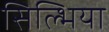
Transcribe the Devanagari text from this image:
सिल्भिया